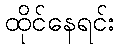
ထိုင်နေရင်း